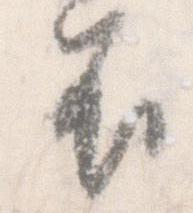
不